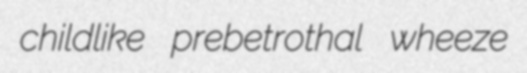
childlike prebetrothal wheeze